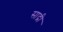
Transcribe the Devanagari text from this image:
साद्री